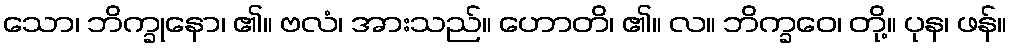
သော၊ ဘိက္ခုနော၊ ၏။ ဗလံ၊ အားသည်။ ဟောတိ၊ ၏။ လ။ ဘိက္ခဝေ၊ တို့။ ပုန၊ ဖန်။